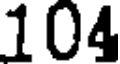
104